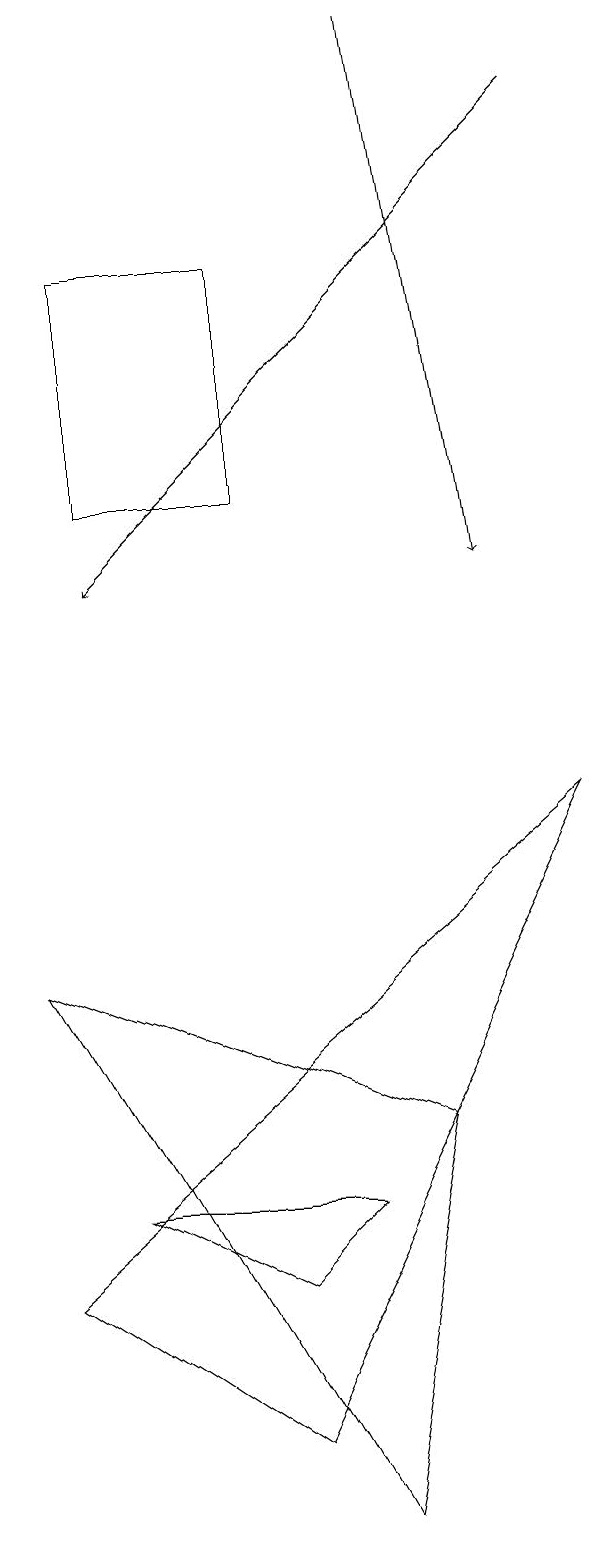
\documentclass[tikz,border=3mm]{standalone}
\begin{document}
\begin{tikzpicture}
\draw[->] (6,19) -- (7,12);
\draw (4,3) -- (5,4) -- (2,4) -- cycle;
\draw (4,16) rectangle (2,13);
\draw (6,5) -- (5,0) -- (1,7) -- cycle;
\draw (8,9) -- (4,1) -- (1,3) -- cycle;
\draw[->] (8,18) -- (2,12);
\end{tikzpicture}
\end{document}